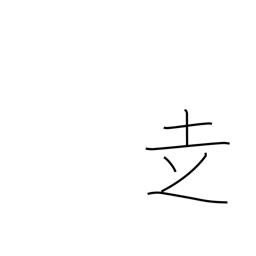
Meaning: go on foot